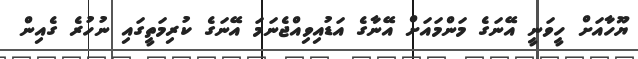
ޔޫހާއަށް ހީވަނީ އޭނަގެ މަންމައަށް އޭނާގެ އަޑުއިވިއްޖެނަމަ އޭނަގެ ކުރިމަތީގައި ނުހުރެ ގެއިން